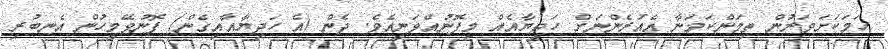
ހަމަކަށަވަރުން ތިމަންކަމަނާ އެއުރެންނަށް ހަދިޔާއެއް މިފޮނުއްވަނީއެވެ. ދެން (އެ ހަދިޔާއާއިގެން) ފޮނުވޭމީހުން އެނބުރި